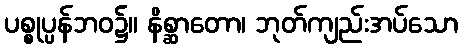
ပစ္စုပ္ပန်ဘဝ၌။ နိစ္ဆာတော၊ ဘုတ်ကျည်းအပ်သော